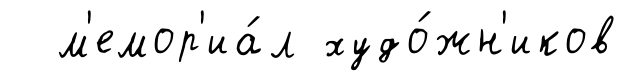
м'емор'иа́л худо́жн'иков